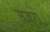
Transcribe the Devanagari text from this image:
मजुरो